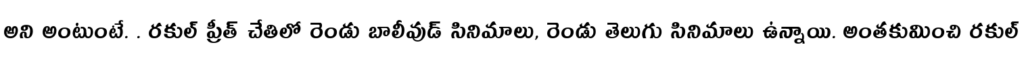
అని అంటుంటే. . రకుల్ ప్రీత్ చేతిలో రెండు బాలీవుడ్ సినిమాలు, రెండు తెలుగు సినిమాలు ఉన్నాయి. అంతకుమించి రకుల్